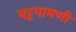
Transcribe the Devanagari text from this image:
बट्टगामणी